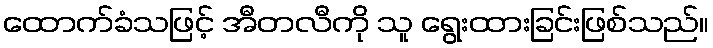
ထောက်ခံသဖြင့် အီတလီကို သူ ရွေးထားခြင်းဖြစ်သည်။